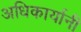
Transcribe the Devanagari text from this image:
अधिकार्यानी